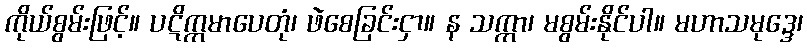
ကိုယ်စွမ်းဖြင့်။ ပဋိက္ကမာပေတုံ၊ ဖဲစေခြင်းငှာ။ န သက္ကာ၊ မစွမ်းနိုင်ပါ။ မဟာသမုဒ္ဒေ၊